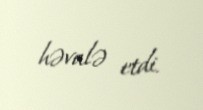
həvalə etdi.